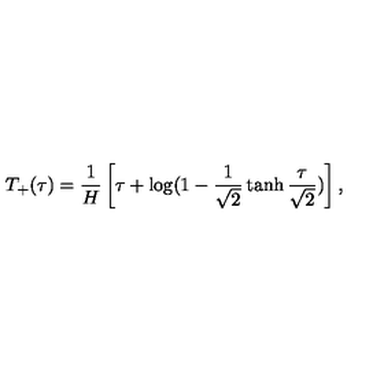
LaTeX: T _ { + } ( \tau ) = \frac { 1 } { H } \left[ \tau + \log ( 1 - \frac { 1 } { \sqrt { 2 } } \tanh \frac { \tau } { \sqrt { 2 } } ) \right] ,